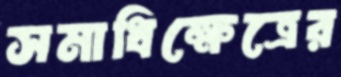
সমাধিক্ষেত্রের